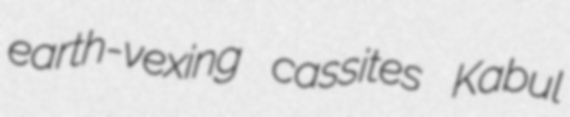
earth-vexing cassites Kabul